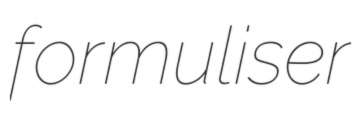
formuliser